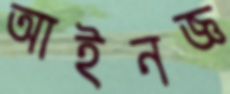
আইনজ্ঞ